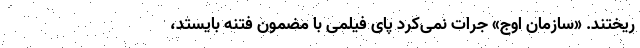
ریختند. «سازمان اوج» جرات نمی‌کرد پای فیلمی با مضمون فتنه بایستد،